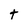
Character: t